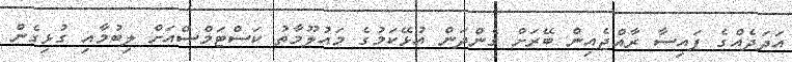
އަދަދެއްގެ ފައިސާ ރާއްޖެއިން ބޭރަށް ގެންދަން އުޅޭކަމުގެ މައުލޫމާތު ކަސްޓަމްސްއަށް ލިބުމާއި ގުޅިގެން